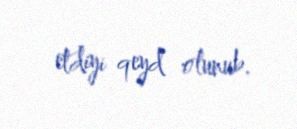
etdiyi qeyd olunub.